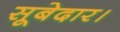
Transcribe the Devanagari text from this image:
सूबेदार।